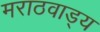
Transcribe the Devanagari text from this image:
मराठवाड्य